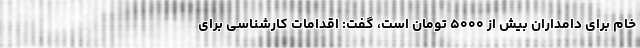
خام برای دامداران بیش از ۵۰۰۰ تومان است، گفت: اقدامات کارشناسی برای